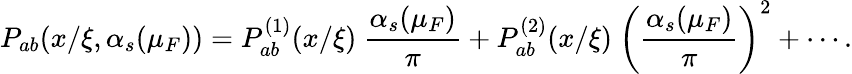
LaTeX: P_{ab}(x/\xi,\alpha_{s}(\mu_{F}))=P_{ab}^{(1)}(x/\xi)\ {\frac{\alpha_{s}(\mu_{F})}{\pi}}+P_{ab}^{(2)}(x/\xi)\ \left({\frac{\alpha_{s}(\mu_{F})}{\pi}}\right)^{2}+\cdots.